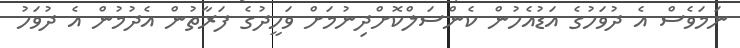
ނަމަވެސް އެ ދުވަހުގެ އަޑުއެހުން ކެންސަލްކޮށްދިނުމަށް ވަހީދުގެ ފަރާތުން އެދުމުން އެ ދުވަހު